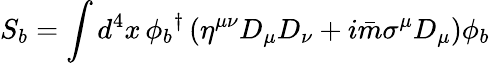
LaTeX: S_{b}=\int d^{4}x\, \phi_{b}{}^{\dagger}\left(\eta^{\mu\nu}D_{\mu}D_{\nu}+i\bar{m}\sigma^{\mu}D_{\mu}\right)\phi_{b}